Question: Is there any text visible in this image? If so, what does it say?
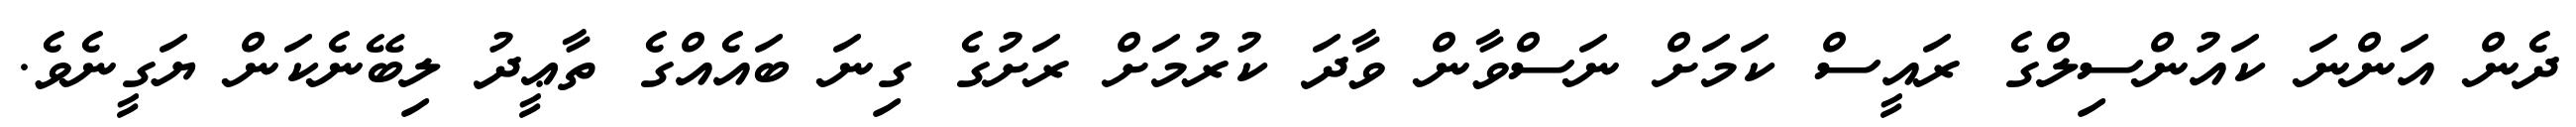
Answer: ދެން އަންނަ ކައުންސިލްގެ ރައީސް ކަމަށް ނަސްވާން ވާދަ ކުރުމަށް ރަށުގެ ގިނަ ބައެއްގެ ތާޢީދު ލިބޭނެކަން ޔަގީނެވެ.